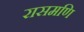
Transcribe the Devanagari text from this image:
रासमणि